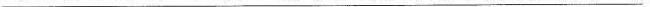
___